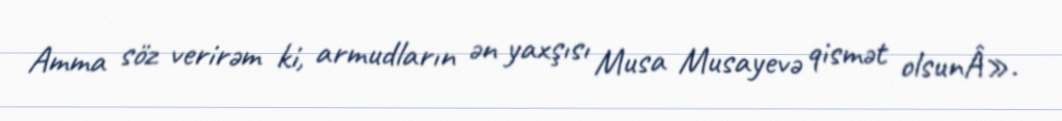
Amma söz verirəm ki, armudların ən yaxşısı Musa Musayevə qismət olsunÂ».